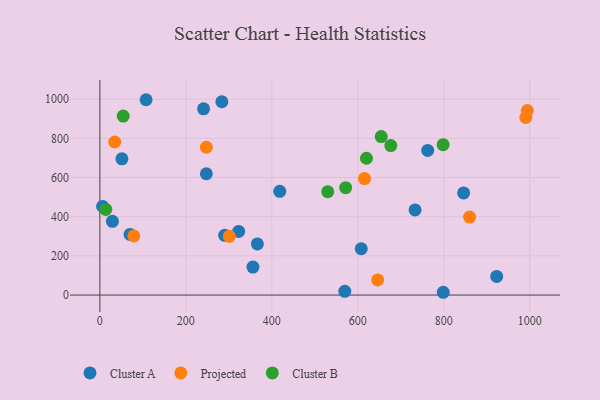
{"axis": {"x": "Price", "y": "Profit"}, "legend": ["Cluster A", "Cluster B", "Projected"], "data": [{"x": "798.9", "y": 14.2, "type": "Cluster A"}, {"x": "762.7", "y": 738.4, "type": "Cluster A"}, {"x": "283.8", "y": 986.8, "type": "Cluster A"}, {"x": "418.5", "y": 529.8, "type": "Cluster A"}, {"x": "51.3", "y": 695.7, "type": "Cluster A"}, {"x": "366.4", "y": 261.2, "type": "Cluster A"}, {"x": "29.2", "y": 376.6, "type": "Cluster A"}, {"x": "733.3", "y": 434.6, "type": "Cluster A"}, {"x": "6.4", "y": 452.5, "type": "Cluster A"}, {"x": "241.2", "y": 950.6, "type": "Cluster A"}, {"x": "356.1", "y": 142.9, "type": "Cluster A"}, {"x": "569.8", "y": 19.3, "type": "Cluster A"}, {"x": "322.9", "y": 324.6, "type": "Cluster A"}, {"x": "608.1", "y": 236.5, "type": "Cluster A"}, {"x": "107.5", "y": 997.2, "type": "Cluster A"}, {"x": "923.2", "y": 94.9, "type": "Cluster A"}, {"x": "846.3", "y": 521.6, "type": "Cluster A"}, {"x": "70.2", "y": 309.7, "type": "Cluster A"}, {"x": "247.7", "y": 619.2, "type": "Cluster A"}, {"x": "290.3", "y": 304.9, "type": "Cluster A"}, {"x": "860.1", "y": 398.3, "type": "Projected"}, {"x": "991.0", "y": 906.5, "type": "Projected"}, {"x": "301.1", "y": 299.8, "type": "Projected"}, {"x": "615.6", "y": 594.9, "type": "Projected"}, {"x": "994.6", "y": 941.8, "type": "Projected"}, {"x": "78.9", "y": 301.9, "type": "Projected"}, {"x": "34.5", "y": 781.4, "type": "Projected"}, {"x": "247.7", "y": 754.5, "type": "Projected"}, {"x": "646.3", "y": 77.4, "type": "Projected"}, {"x": "654.6", "y": 809.2, "type": "Cluster B"}, {"x": "676.8", "y": 763.3, "type": "Cluster B"}, {"x": "13.8", "y": 437.0, "type": "Cluster B"}, {"x": "798.6", "y": 767.9, "type": "Cluster B"}, {"x": "530.1", "y": 527.8, "type": "Cluster B"}, {"x": "620.2", "y": 698.4, "type": "Cluster B"}, {"x": "54.3", "y": 913.5, "type": "Cluster B"}, {"x": "571.8", "y": 548.1, "type": "Cluster B"}]}